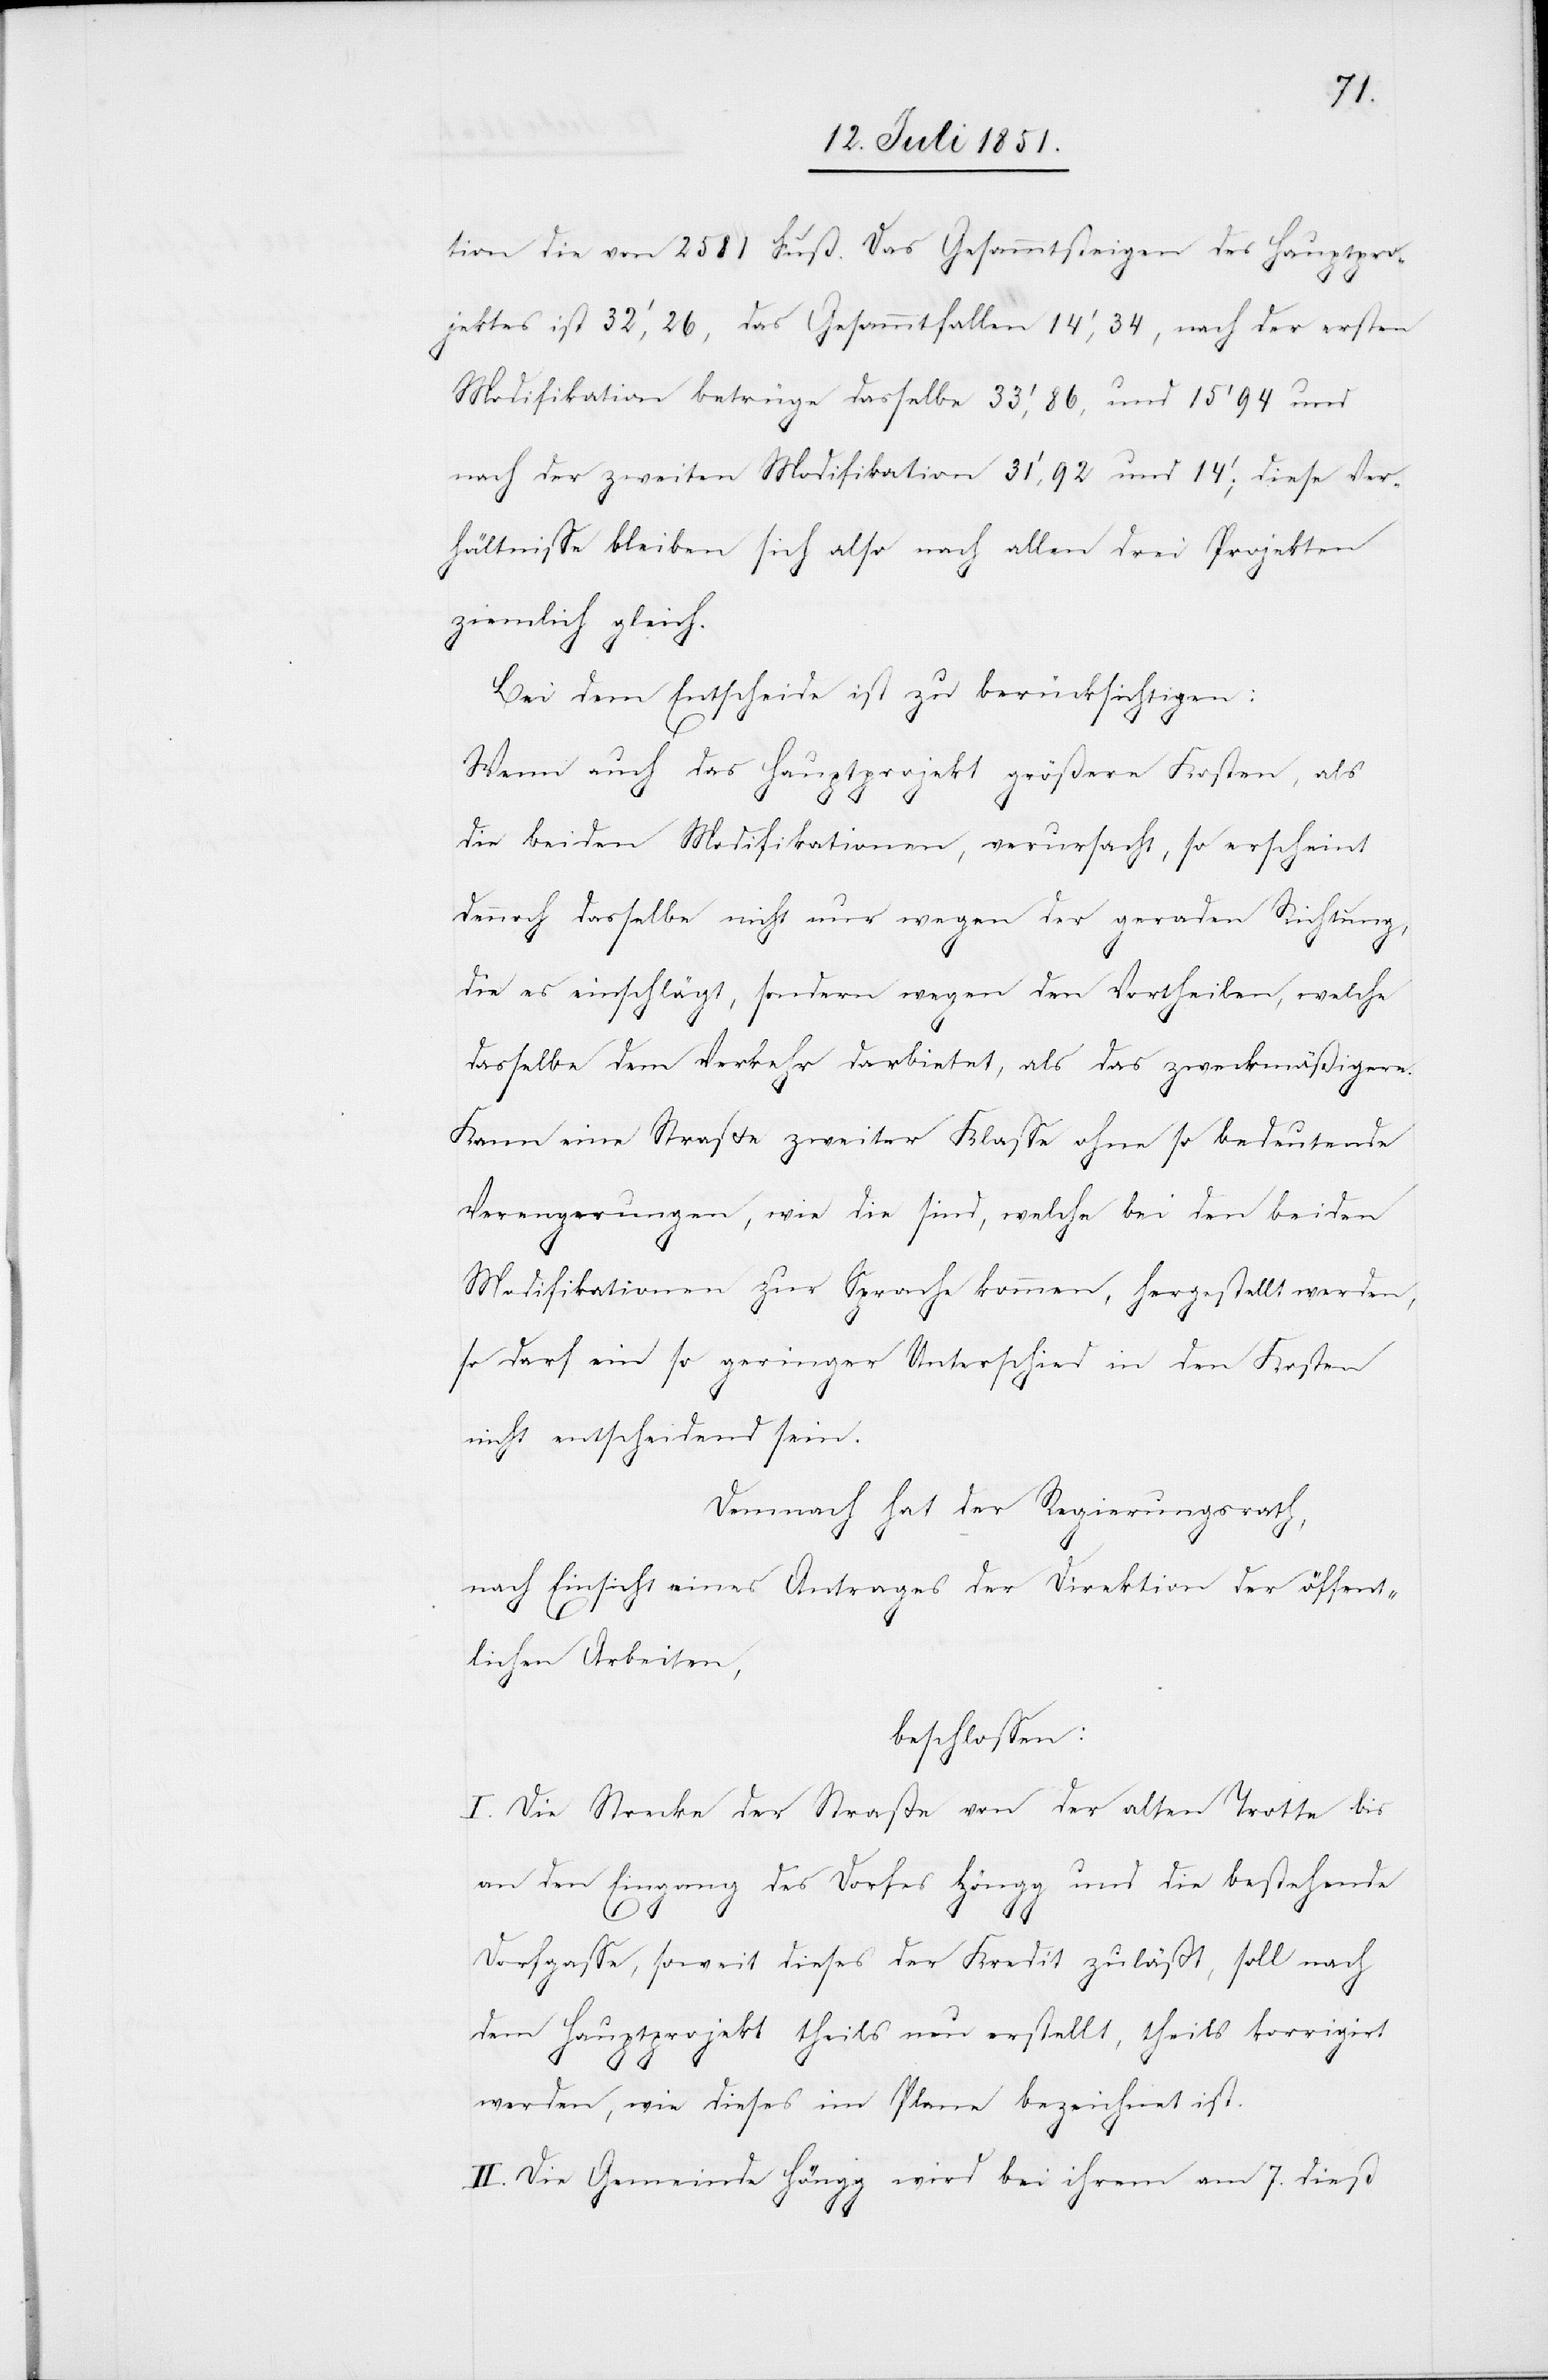
tion die von 2581 Fuß. Das Gesammtsteigen des Hauptpro¬
jektes ist 32‘, 26, das Gesammtfallen 14‘, 34, nach der ersten
Modifikation betrüge dasselbe 33‘, 86, und 15’ 94 und
nach der zweiten Modifikation 31‘, 92 und 14‘; diese Ver¬
hältnisse bleiben sich also nach allen drei Projekten
ziemlich gleich.
Bei dem Entscheide ist zu berücksichtigen:
Wenn auch das Hauptprojekt größere Kosten, als
die beiden Modifikationen, verursacht, so erscheint
dennoch dasselbe nicht nur wegen der geraden Richtung,
die es einschlägt, sondern wegen den Vortheilen, welche
dasselbe dem Verkehr darbietet, als das zweckmäßigere.
Kann eine Straße zweiter Klasse ohne so bedeutende
Verengerungen, wie die sind, welche bei den beiden
Modifikationen zur Sprache kommen, hergestellt werden,
so darf ein so geringer Unterschied in den Kosten
nicht entscheidend sein.
Demnach hat der Regierungsrath,
nach Einsicht eines Antrages der Direktion der öffent¬
lichen Arbeiten,
beschlossen:
I. Die Strecke der Straße von der alten Trotte bis
an den Eingang des Dorfes Höngg und die bestehende
Dorfgasse, soweit dieses der Kredit zuläßt, soll nach
dem Hauptprojekt theils neu erstellt, theils korrigirt
werden, wie dieses im Plane bezeichnet ist.
II. Die Gemeinde Höngg wird bei ihrem am 7. dieß